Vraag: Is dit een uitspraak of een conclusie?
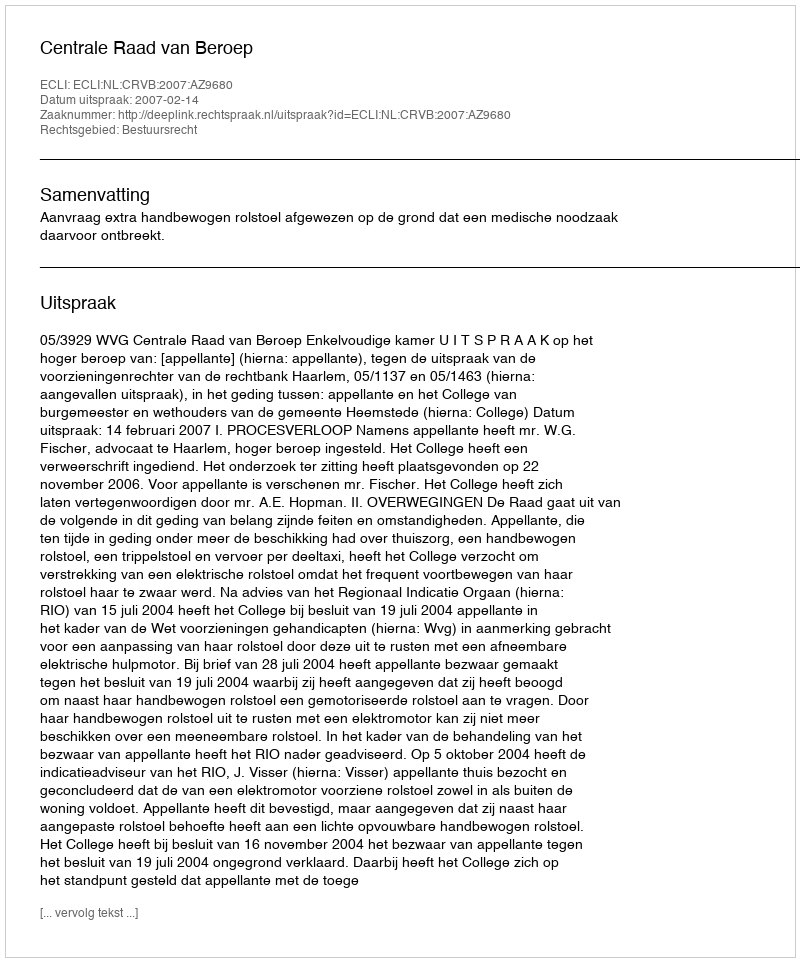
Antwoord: Uitspraak